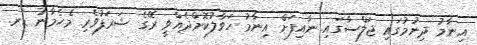
އިނާމު ދިނުމުގައި ޖަލްސާގައި ނާއިފަށް އިނާމު ހަވާލުކޮށްދެއްވީ ރޭގެ ޝަރަފުވެރި މެހެމާނު ޑރ.